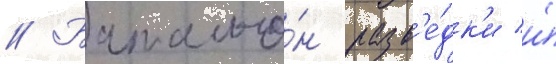
// Батальо́н разв'е́дк'и и́